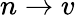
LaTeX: n\rightarrow v